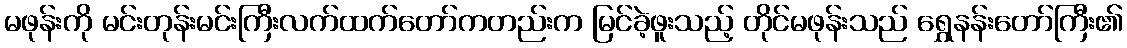
မဖုန်းကို မင်းတုန်းမင်းကြီးလက်ထက်တော်ကတည်းက မြင်ခဲ့ဖူးသည့် တိုင်မဖုန်းသည် ရွှေနန်းတော်ကြီး၏